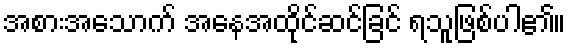
အစားအသောက် အနေအထိုင်ဆင်ခြင် ရသူဖြစ်ပါ၏။